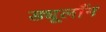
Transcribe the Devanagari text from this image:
ड्यूलाँग